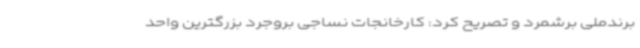
برندملی برشمرد و تصریح کرد: کارخانجات نساجی بروجرد بزرگترین واحد